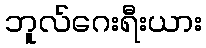
ဘူလ်ဂေးရီးယား